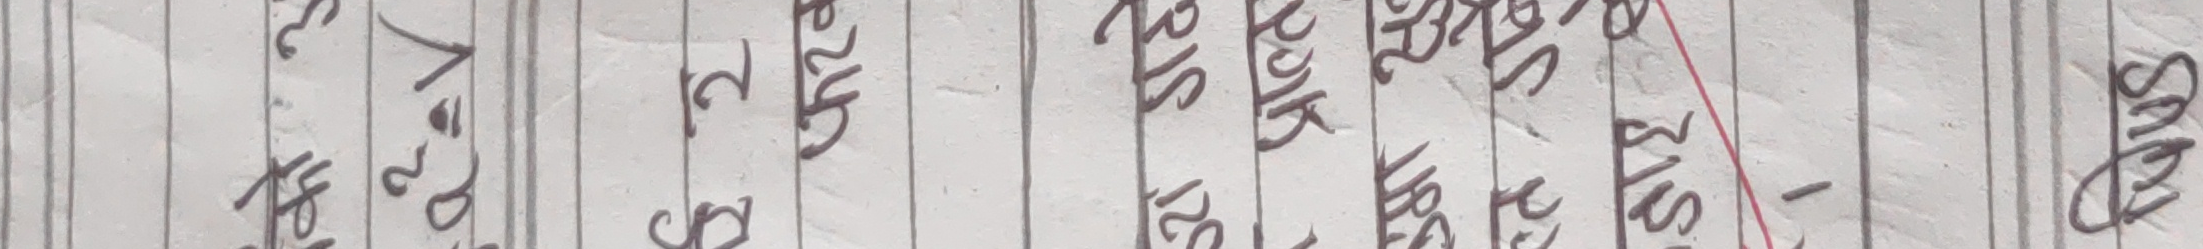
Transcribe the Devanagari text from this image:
2
a
फरव
उरा गढे
• प्राल्त
उमा सु
रत गर्ने
डाइ से
1
SAM